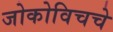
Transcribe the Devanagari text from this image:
जोकोविचचे